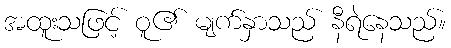
အထူးသဖြင့် ဝူ၏ မျက်နှာသည် နီရဲနေသည်။